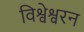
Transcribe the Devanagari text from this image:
विश्वेश्वरन